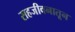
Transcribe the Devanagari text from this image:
सहजीवनातून